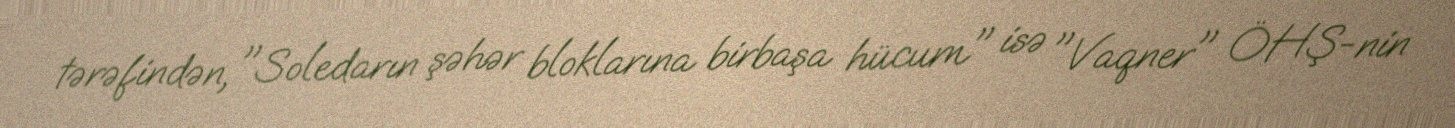
tərəfindən, "Soledarın şəhər bloklarına birbaşa hücum" isə "Vaqner" ÖHŞ-nin